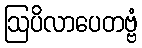
ဩပိလာပေတဗ္ဗံ